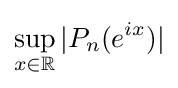
\sup _{x\in \mathbb {R} }|P_{n}(e^{ix})|